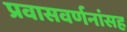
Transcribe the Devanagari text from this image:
प्रवासवर्णनांसह